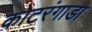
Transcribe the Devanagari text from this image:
कोटरंगाडा